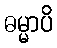
ဓမ္မာပိ